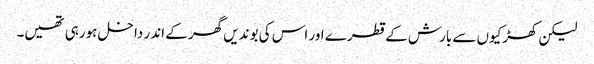
لیکن کھڑکیوں سے بارش کے قطرے اور اس کی بوندیں گھر کے اندر داخل ہورہی تھیں۔